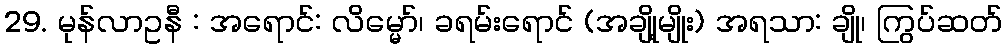
29. မုန်လာဥနီ : အရောင်: လိမ္မော်၊ ခရမ်းရောင် (အချို့မျိုး) အရသာ: ချို၊ ကြွပ်ဆတ်